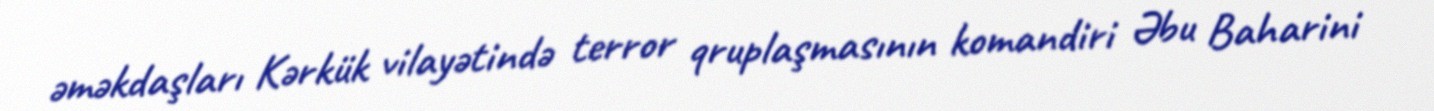
əməkdaşları Kərkük vilayətində terror qruplaşmasının komandiri Əbu Baharini